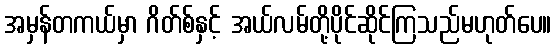
အမှန်တကယ်မှာ ဂိတ်စ်နှင့် အယ်လမ်တို့ပိုင်ဆိုင်ကြသည်မဟုတ်ပေ။